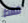
فقط